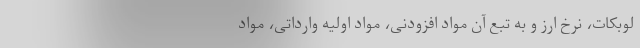
لوبکات، نرخ ارز و به تبع آن مواد افزودنی، مواد اولیه وارداتی، مواد